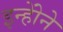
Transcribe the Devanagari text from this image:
इन्होेंने